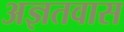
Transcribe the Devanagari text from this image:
अज्ञतवास